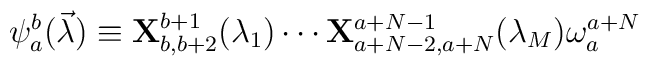
\psi_a^b(\vec{\lambda})\equiv {\bf X}^{b+1}_{b,b+2}(\lambda_1)\cdots{\bf X}^{a+N-1}_{a+N-2,a+N}(\lambda_M)\omega_a^{a+N}